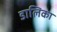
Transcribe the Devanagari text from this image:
डालिका